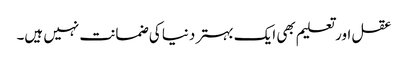
عقل اور تعلیم بھی ایک بہتر دنیا کی ضمانت نہیں ہیں۔